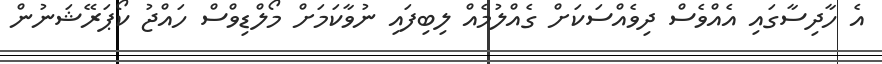
އެ ހާދިސާގައި އެއްވެސް ދިވެއްސަކަށް ގެއްލުމެއް ލިބިފައި ނުވާކަމަށް މޯލްޑިވްސް ހައްޖު ކޯޕަރޭޝަނުން